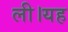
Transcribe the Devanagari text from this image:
ली।यह